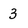
Character: 3